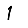
Digit: 1